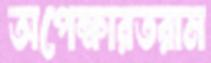
অপেক্ষারতরাম